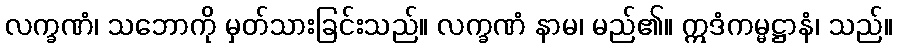
လက္ခဏံ၊ သဘောကို မှတ်သားခြင်းသည်။ လက္ခဏံ နာမ၊ မည်၏။ ဣဒံကမ္မဋ္ဌာနံ၊ သည်။